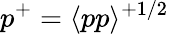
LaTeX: p^{+}=\langle pp\rangle^{+1/2}